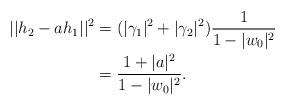
LaTeX: \begin{align*}||h_2-ah_1||^2&=(|\gamma_1|^2+|\gamma_2|^2)\frac{1}{1-|w_0|^2}\\&=\frac{1+|a|^2}{1-|w_0|^2}.\end{align*}